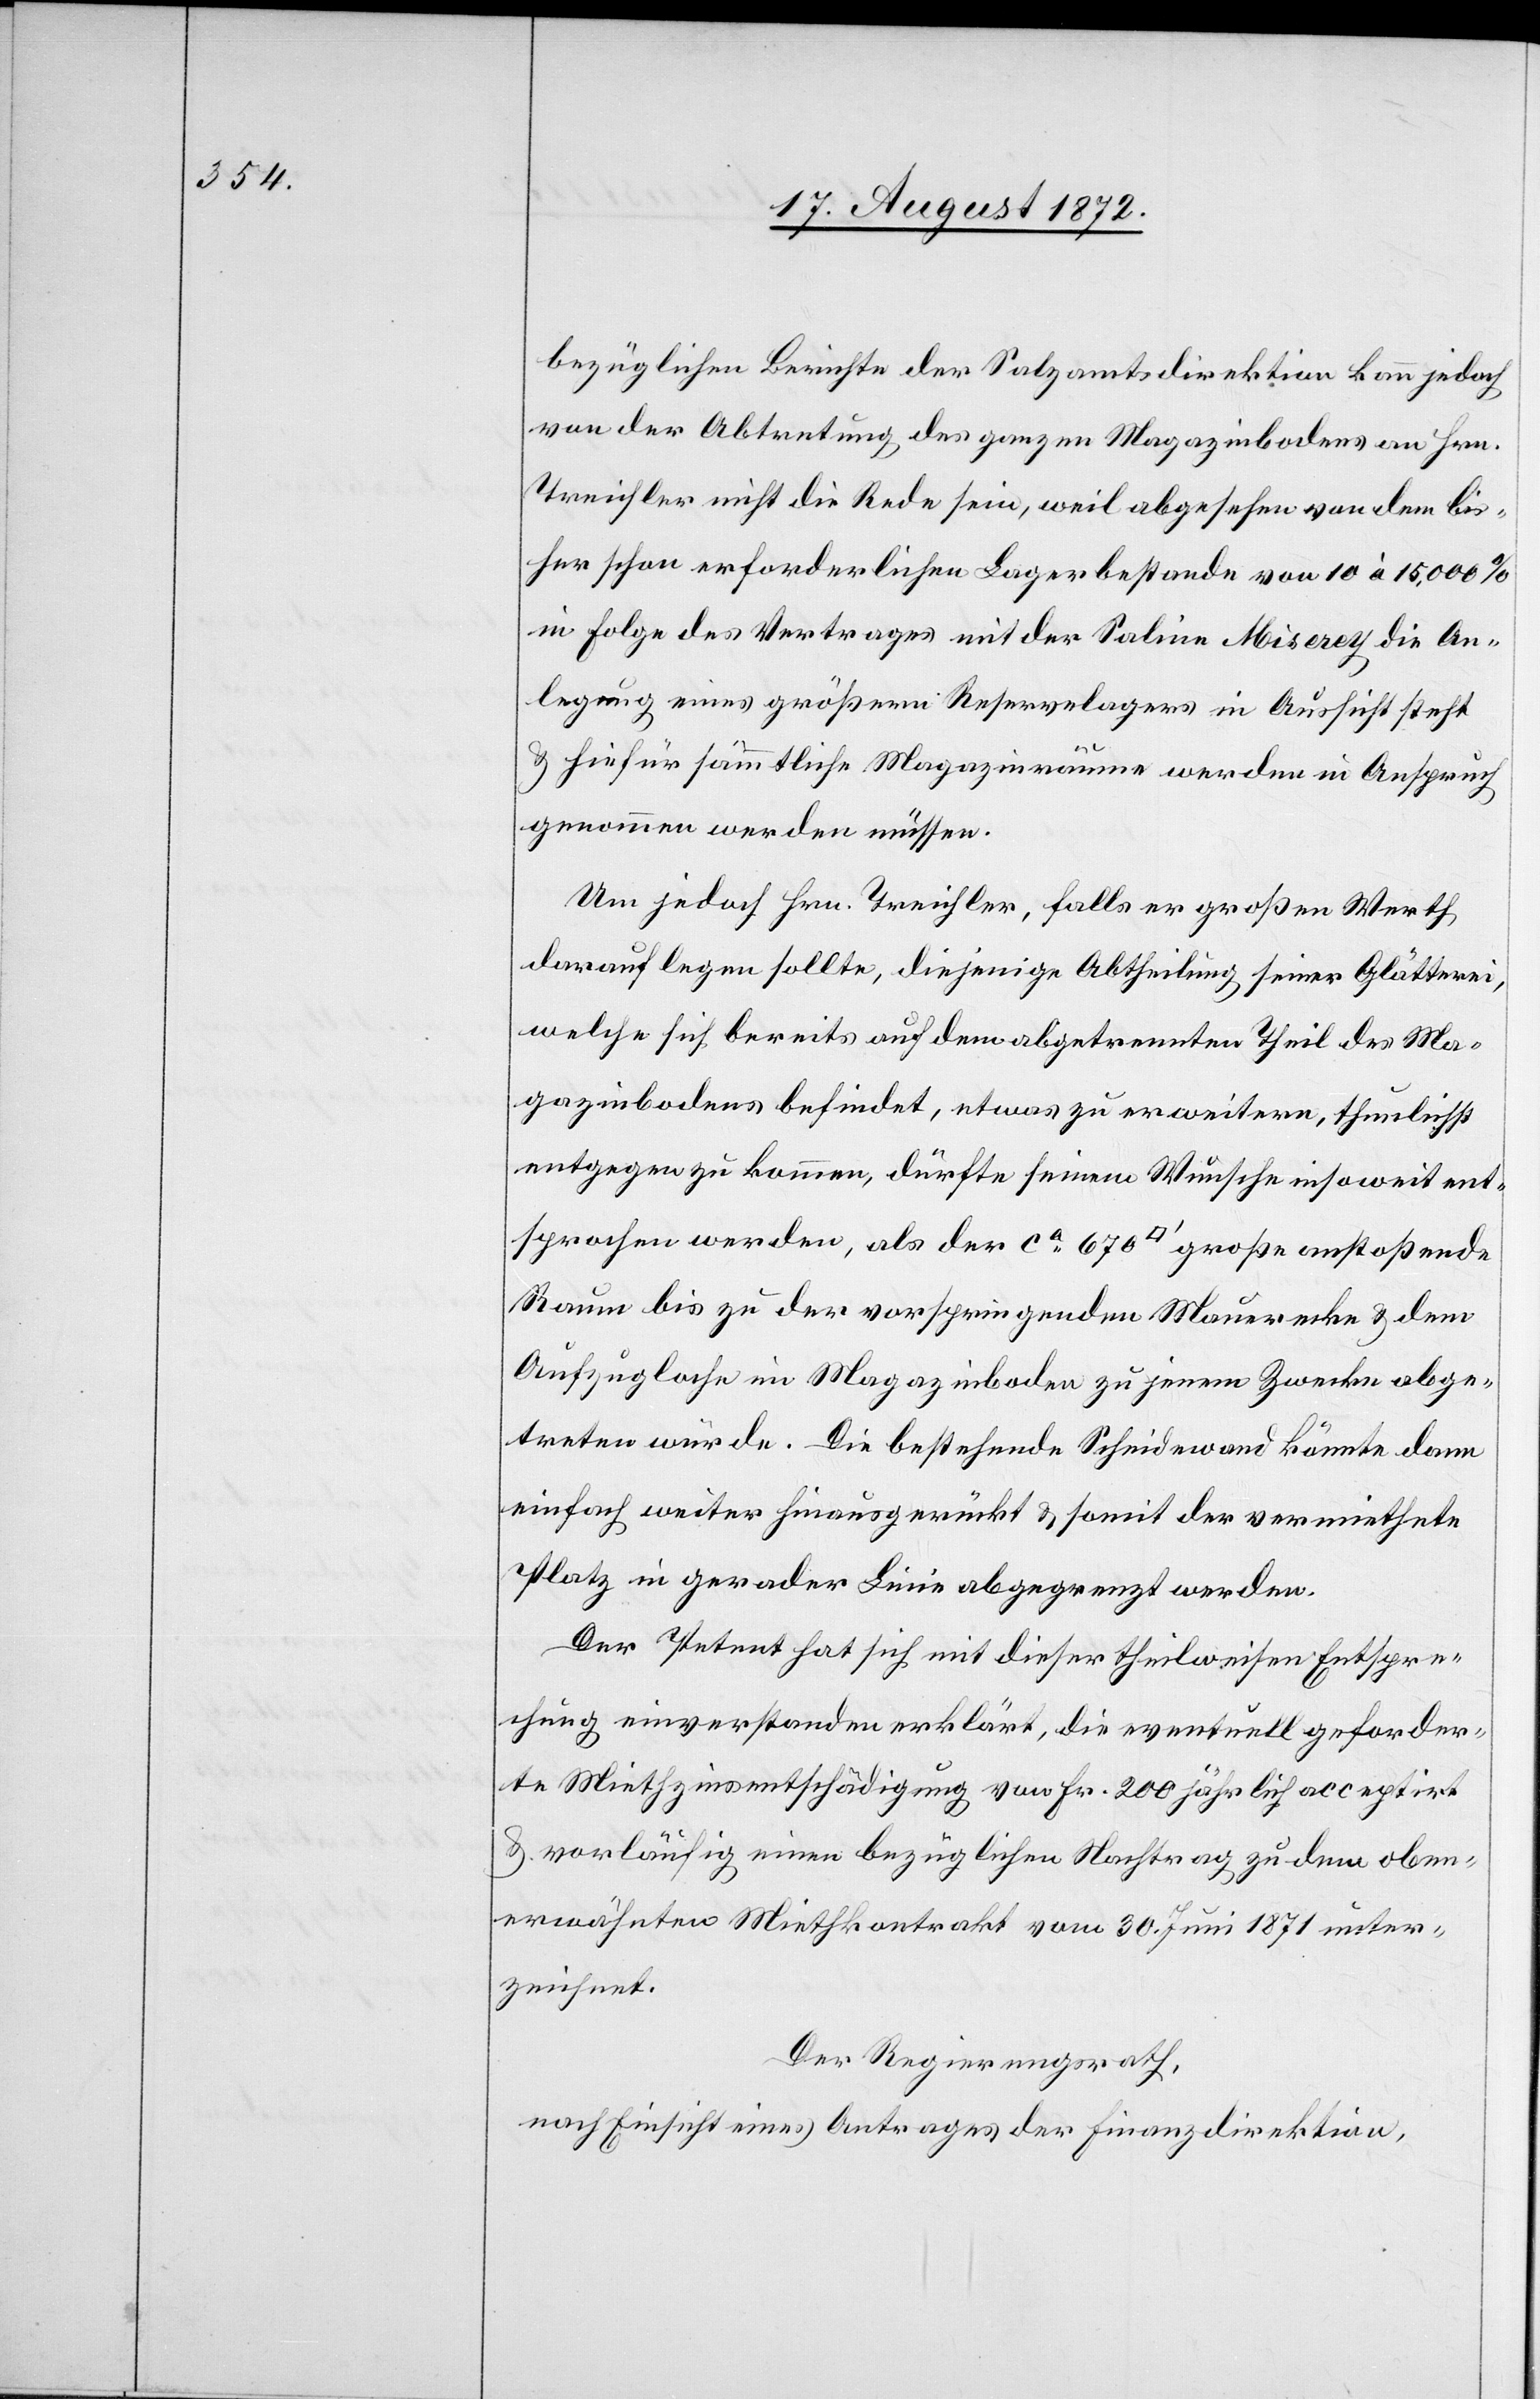
bezüglichen Berichte der Salzamtsdirektion kann jedoch
von der Abtretung des ganzen Magazinbodens an Hrn.
Treichler nicht die Rede sein, weil abgesehen von dem bis¬
her schon erforderlichen Lagerbestande von 10 à 15,000%
in Folge des Vertrages mit der Saline Miserey die An¬
legung eines größern Reservelagers in Aussicht steht
u. hiefür sämmtliche Magazinräume werden in Anspruch
genommen werden müssen.
Um jedoch Hrn. Treichler, falls er großen Werth
darauf legen sollte, diejenige Abtheilung seiner Glätterei,
welche sich bereits auf dem abgetrennten Theil des Ma¬
gazinbodens befindet, etwas zu erweitern, thunlichst
entgegen zu kommen, dürfte seinem Wunsche insoweit ent¬
sprochen werden, als der ca 670 [Quadratfuss] große anstoßende
Raum bis zu der vorspringenden Mauerecke u. dem
Aufzugloche im Magazinboden zu jenem Zwecke abge¬
treten würde. Die bestehende Scheidenwand könnte dann
einfach weiter hinausgerückt u. somit der vermiethete
Platz in gerader Linie abgegrenzt werden.
Der Petent hat sich mit dieser theilweisen Entspre¬
chung einverstanden erklärt, die eventuell geforder¬
te Miethzinsentschädigung von Fr. 200 jährlich acceptirte
u. vorläufig einen bezüglichen Nachtrag zu dem oben¬
erwähnten Miethkontrakt vom 30. Juni 1871 unter¬
zeichnet.
Der Regierungsrath,
nach Einsicht eines Antrages der Finanzdirektion,